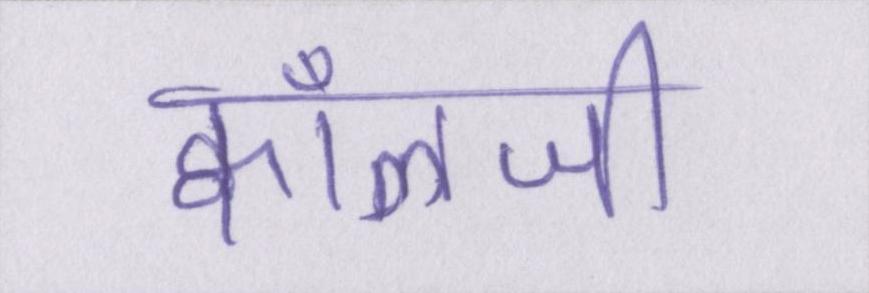
क्वाँळजी